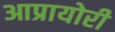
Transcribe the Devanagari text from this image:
आप्रायोरी